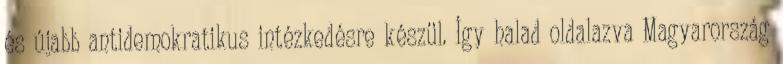
és újabb antidemokratikus intézkedésre készül. Így halad oldalazva Magyarország